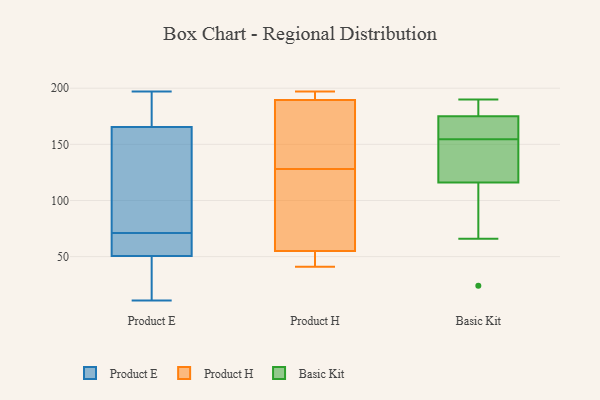
{"axis": {"x": "Market Share (%)", "y": "Value"}, "legend": ["Basic Kit", "Product E", "Product H"], "data": [{"x": "", "y": 51, "type": "Product E"}, {"x": "", "y": 149, "type": "Product E"}, {"x": "", "y": 34, "type": "Product E"}, {"x": "", "y": 53, "type": "Product E"}, {"x": "", "y": 118, "type": "Product E"}, {"x": "", "y": 11, "type": "Product E"}, {"x": "", "y": 71, "type": "Product E"}, {"x": "", "y": 49, "type": "Product E"}, {"x": "", "y": 163, "type": "Product E"}, {"x": "", "y": 63, "type": "Product E"}, {"x": "", "y": 197, "type": "Product E"}, {"x": "", "y": 180, "type": "Product E"}, {"x": "", "y": 173, "type": "Product E"}, {"x": "", "y": 185, "type": "Product E"}, {"x": "", "y": 29, "type": "Product E"}, {"x": "", "y": 146, "type": "Product E"}, {"x": "", "y": 59, "type": "Product E"}, {"x": "", "y": 66, "type": "Product H"}, {"x": "", "y": 183, "type": "Product H"}, {"x": "", "y": 112, "type": "Product H"}, {"x": "", "y": 43, "type": "Product H"}, {"x": "", "y": 197, "type": "Product H"}, {"x": "", "y": 129, "type": "Product H"}, {"x": "", "y": 127, "type": "Product H"}, {"x": "", "y": 41, "type": "Product H"}, {"x": "", "y": 50, "type": "Product H"}, {"x": "", "y": 189, "type": "Product H"}, {"x": "", "y": 190, "type": "Product H"}, {"x": "", "y": 49, "type": "Product H"}, {"x": "", "y": 153, "type": "Product H"}, {"x": "", "y": 196, "type": "Product H"}, {"x": "", "y": 196, "type": "Product H"}, {"x": "", "y": 60, "type": "Product H"}, {"x": "", "y": 124, "type": "Basic Kit"}, {"x": "", "y": 169, "type": "Basic Kit"}, {"x": "", "y": 66, "type": "Basic Kit"}, {"x": "", "y": 157, "type": "Basic Kit"}, {"x": "", "y": 171, "type": "Basic Kit"}, {"x": "", "y": 179, "type": "Basic Kit"}, {"x": "", "y": 190, "type": "Basic Kit"}, {"x": "", "y": 116, "type": "Basic Kit"}, {"x": "", "y": 189, "type": "Basic Kit"}, {"x": "", "y": 24, "type": "Basic Kit"}, {"x": "", "y": 187, "type": "Basic Kit"}, {"x": "", "y": 101, "type": "Basic Kit"}, {"x": "", "y": 86, "type": "Basic Kit"}, {"x": "", "y": 141, "type": "Basic Kit"}, {"x": "", "y": 152, "type": "Basic Kit"}, {"x": "", "y": 175, "type": "Basic Kit"}, {"x": "", "y": 172, "type": "Basic Kit"}, {"x": "", "y": 132, "type": "Basic Kit"}]}